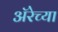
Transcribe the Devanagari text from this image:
ॲरेच्या